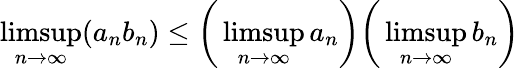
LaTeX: \operatorname*{limsup}_{n\to\infty}(a_{n}b_{n})\leq{\biggl(}\operatorname*{limsup}_{n\to\infty}a_{n}{\biggr)}{\biggl(}\operatorname*{limsup}_{n\to\infty}b_{n}{\biggr)}